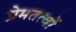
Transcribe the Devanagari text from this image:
प्रेमतत्वों